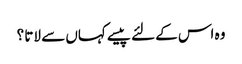
وہ اس کے لئے پیسے کہاں سے لاتا ؟